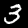
Digit: 3